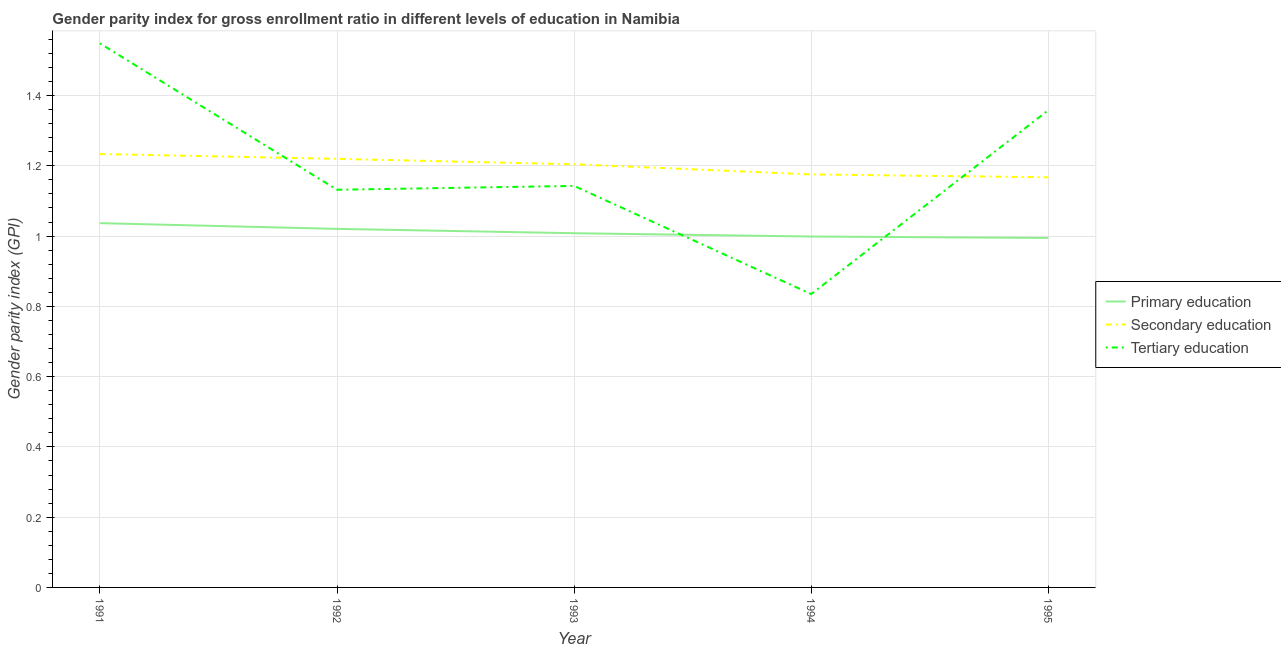
| Year | Primary education | Secondary education | Tertiary education |
 | --- | --- | --- | --- |
 | 1991 | 1.04 | 1.23 | 1.55 |
 | 1992 | 1.02 | 1.22 | 1.13 |
 | 1993 | 1.01 | 1.2 | 1.14 |
 | 1994 | 0.999 | 1.18 | 0.835 |
 | 1995 | 0.995 | 1.17 | 1.36 |